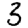
Digit: 3